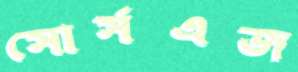
সোর্সএজ